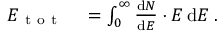
\begin{array} { r l } { E _ { \mathrm { ~ t ~ o ~ t ~ } } } & { { } = \int _ { 0 } ^ { \infty } \frac { \mathrm d N } { \mathrm d E } \cdot E \, \mathrm d E \; . } \end{array}